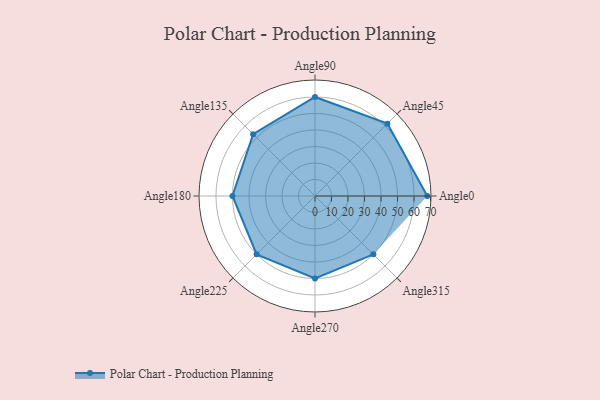
{"axis": {"x": "Angle", "y": "Radius"}, "legend": [""], "data": [{"x": "Angle0", "y": 68.0, "type": ""}, {"x": "Angle45", "y": 62.0, "type": ""}, {"x": "Angle90", "y": 60.0, "type": ""}, {"x": "Angle135", "y": 53.0, "type": ""}, {"x": "Angle180", "y": 50, "type": ""}, {"x": "Angle225", "y": 50, "type": ""}, {"x": "Angle270", "y": 50, "type": ""}, {"x": "Angle315", "y": 50, "type": ""}]}